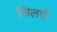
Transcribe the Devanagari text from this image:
जिलपी